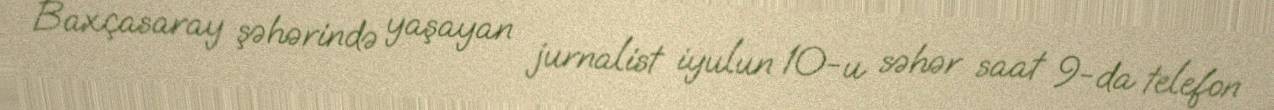
Baxçasaray şəhərində yaşayan jurnalist iyulun 10-u səhər saat 9-da telefon